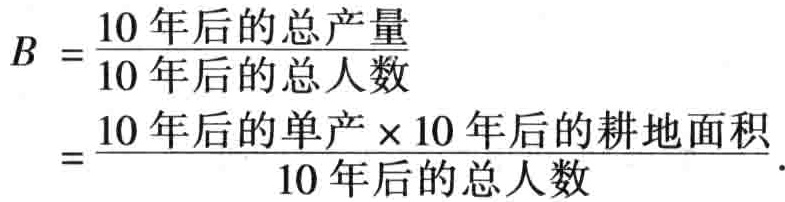
\[

\begin{align*}

B&=\frac{10年后的总产量}{10年后的总人数}\\

&=\frac{10年后的单产\times10年后的耕地面积}{10年后的总人数}.

\end{align*}

\]